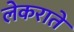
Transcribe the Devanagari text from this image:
लेकराते